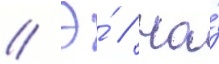
// Э́ // На́